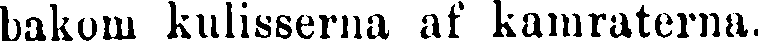
bakom kulisserna af kamraterna.